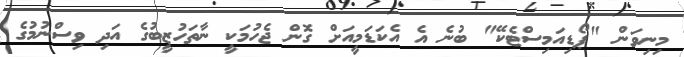
މިނިވަން "ޕޯޑިއަމިސްޓެކޭ" ބުނެ އެ އެކަޑަމީއަށް ގޮން ޖެހުމަކީ ނާތަހުޒީބުގެ އަދި ވިސްނުމުގެ